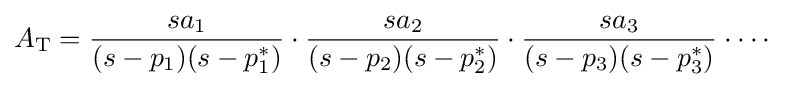
A_{\mathrm {T} }={\frac {sa_{1}}{(s-p_{1})(s-p_{1}^{*})}}\cdot {\frac {sa_{2}}{(s-p_{2})(s-p_{2}^{*})}}\cdot {\frac {sa_{3}}{(s-p_{3})(s-p_{3}^{*})}}\cdot \cdots